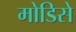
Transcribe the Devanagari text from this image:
मोडिसे